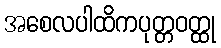
အစေလပါထိကပုတ္တဝတ္ထု